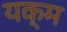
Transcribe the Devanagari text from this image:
यक्म